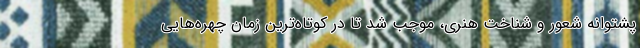
پشتوانه شعور و شناخت هنری، موجب شد تا در کوتاه‌ترین زمان چهره‌هایی